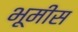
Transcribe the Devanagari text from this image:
भूमीस